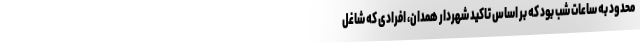
محدود به ساعات شب بود که بر اساس تاکید شهردار همدان، افرادی که شاغل